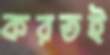
করতই